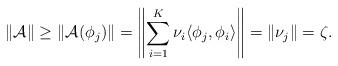
LaTeX: \begin{align*}\|\mathcal{A}\|\geq \|\mathcal{A}(\phi_j)\| = \left\|\sum_{i=1}^K\nu_i\langle \phi_j,\phi_i\rangle\right\|=\|\nu_j\|=\zeta.\end{align*}